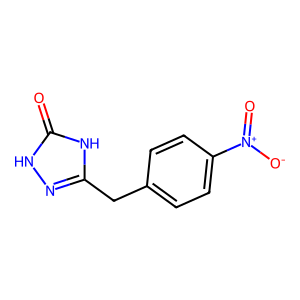
SMILES: O=c1[nH]nc(Cc2ccc([N+](=O)[O-])cc2)[nH]1
Inhibits HIV replication: No